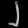
Digit: ၂